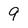
Character: 9